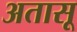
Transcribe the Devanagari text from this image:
अतासू